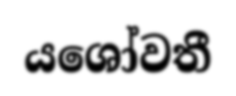
යශෝවතී